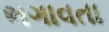
ભગાવતા